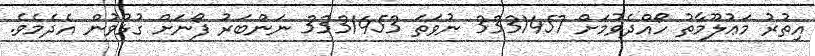
އިތުރު މަޢުލޫމާތު ހޯއްދެވުމަށް 3331457 ނުވަތަ 3331453 ނަންބަރު ފޯނަށް ގުޅުވުން އެދެމެވެ.